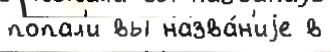
попал'и вы назва́н'иjе в